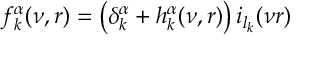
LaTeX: f _ { k } ^ { \alpha } ( \nu , r ) = \left( \delta _ { k } ^ { \alpha } + h _ { k } ^ { \alpha } ( \nu , r ) \right) i _ { l _ { k } } ( \nu r )